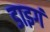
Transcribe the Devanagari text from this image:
डाइगं